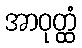
အာဝုတ္ထံ